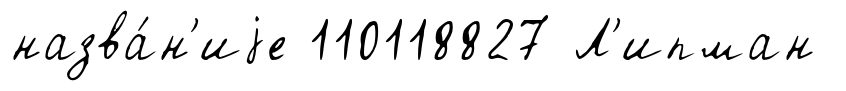
назва́н'иjе 110118827 Л'ипман